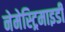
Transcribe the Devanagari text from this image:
नेमेस्ट्रिमाइडी